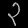
Digit: ၃